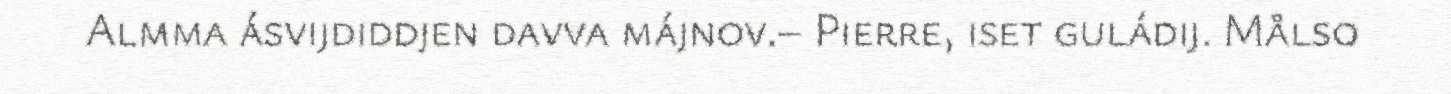
Almma ásvijdiddjen davva májnov.– Pierre, iset guládij. Målso